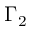
\Gamma _ { 2 }